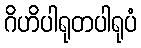
ဂိဟိပါရုတပါရုပံ